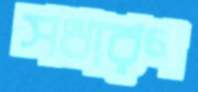
সধারণ